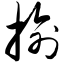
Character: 揄